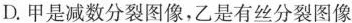
D.甲是减数分裂图像，乙是有丝分裂图像